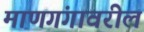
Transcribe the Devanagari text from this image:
माणगंगावरील